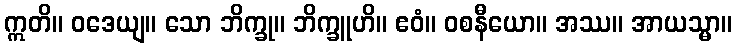
ဣတိ။ ဝဒေယျ။ သော ဘိက္ခု။ ဘိက္ခူဟိ။ ဧဝံ။ ဝစနီယော။ အဿ။ အာယသ္မာ။